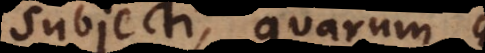
subjecti, quarum